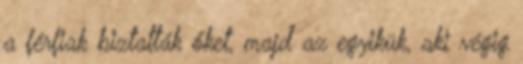
a férfiak biztatták őket, majd az egyikük, aki végig